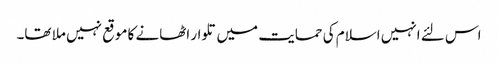
اس لئے انہیں اسلام کی حمایت میں تلوار اٹھانے کا موقع نہیں ملا تھا۔